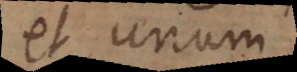
et unum